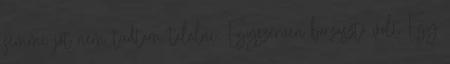
semmi jót nem tudtam találni. Egyszerűen borzasztó volt Egy